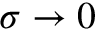
\sigma \to 0